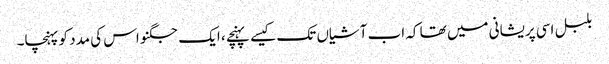
بلبل اسی پریشانی میں تھا کہ اب آشیاں تک کیسے پہنچے ، ایک جگنو اس کی مدد کو پہنچا۔